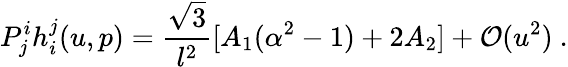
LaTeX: P_{j}^{i}h_{i}^{j}(u,p)=\frac{\sqrt{3}}{l^{2}}[A_{1}(\alpha^{2}-1)+2A_{2}]+\mathcal{O}(u^{2})~.